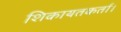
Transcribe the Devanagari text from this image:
शिकायतकर्ता।